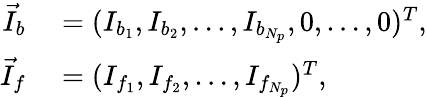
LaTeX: \begin{array}{rl}{\vec{I}_{b}}&{{}=(I_{b_{1}},I_{b_{2}},\dots,I_{b_{N_{p}}},0,\dots,0)^{T},}\\ {\vec{I}_{f}}&{{}=(I_{f_{1}},I_{f_{2}},\dots,I_{f_{N_{p}}})^{T},}\end{array}